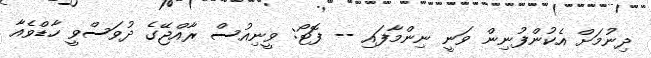
ދިނުމަށް އެކުންފުނިން ވަނީ ނިންމާފައި -- ފޮޓޯ: ވީނިއުސް ރާއްޖޭގެ ދުވަސްވީ ހާޑްވެއާ